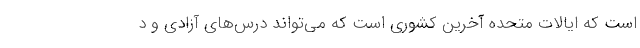
است که ایالات متحده آخرین کشوری است که می‌تواند درس‌های آزادی و د